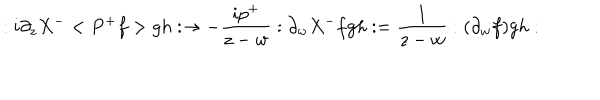
: i \partial _ { z } X ^ { - } < P ^ { + } f > g h : \rightarrow - \frac { i p ^ { + } } { z - w } : \partial _ { w } X ^ { - } f g h : = \frac 1 { z - w } : ( \partial _ { w } f ) g h :